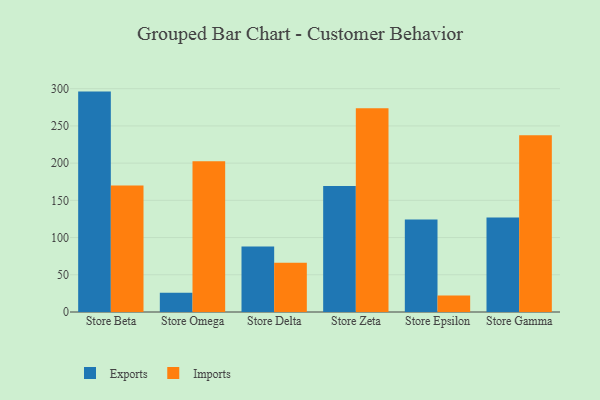
{"axis": {"x": "Store", "y": "Budget (USD K)"}, "legend": ["Exports", "Imports"], "data": [{"x": "Store Beta", "y": 296.1, "type": "Exports"}, {"x": "Store Beta", "y": 170.0, "type": "Imports"}, {"x": "Store Omega", "y": 25.7, "type": "Exports"}, {"x": "Store Omega", "y": 202.4, "type": "Imports"}, {"x": "Store Delta", "y": 87.9, "type": "Exports"}, {"x": "Store Delta", "y": 66.2, "type": "Imports"}, {"x": "Store Zeta", "y": 169.3, "type": "Exports"}, {"x": "Store Zeta", "y": 273.8, "type": "Imports"}, {"x": "Store Epsilon", "y": 124.3, "type": "Exports"}, {"x": "Store Epsilon", "y": 22.3, "type": "Imports"}, {"x": "Store Gamma", "y": 126.9, "type": "Exports"}, {"x": "Store Gamma", "y": 237.5, "type": "Imports"}]}